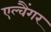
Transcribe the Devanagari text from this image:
एल्वैंगर